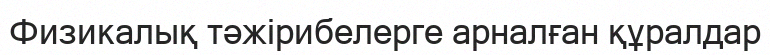
Физикалық тәжірибелерге арналған құралдар